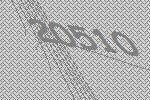
20510